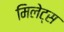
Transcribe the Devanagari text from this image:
मिलेट्स